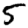
Digit: 5